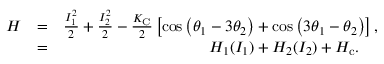
\begin{array} { r l r } { H } & { = } & { \frac { I _ { 1 } ^ { 2 } } { 2 } + \frac { I _ { 2 } ^ { 2 } } { 2 } - \frac { K _ { \mathrm { C } } } { 2 } \left[ \cos \left( \theta _ { 1 } - 3 \theta _ { 2 } \right) + \cos \left( 3 \theta _ { 1 } - \theta _ { 2 } \right) \right] , } \\ & { = } & { H _ { 1 } ( I _ { 1 } ) + H _ { 2 } ( I _ { 2 } ) + H _ { \mathrm { c } } . \quad \, } \end{array}